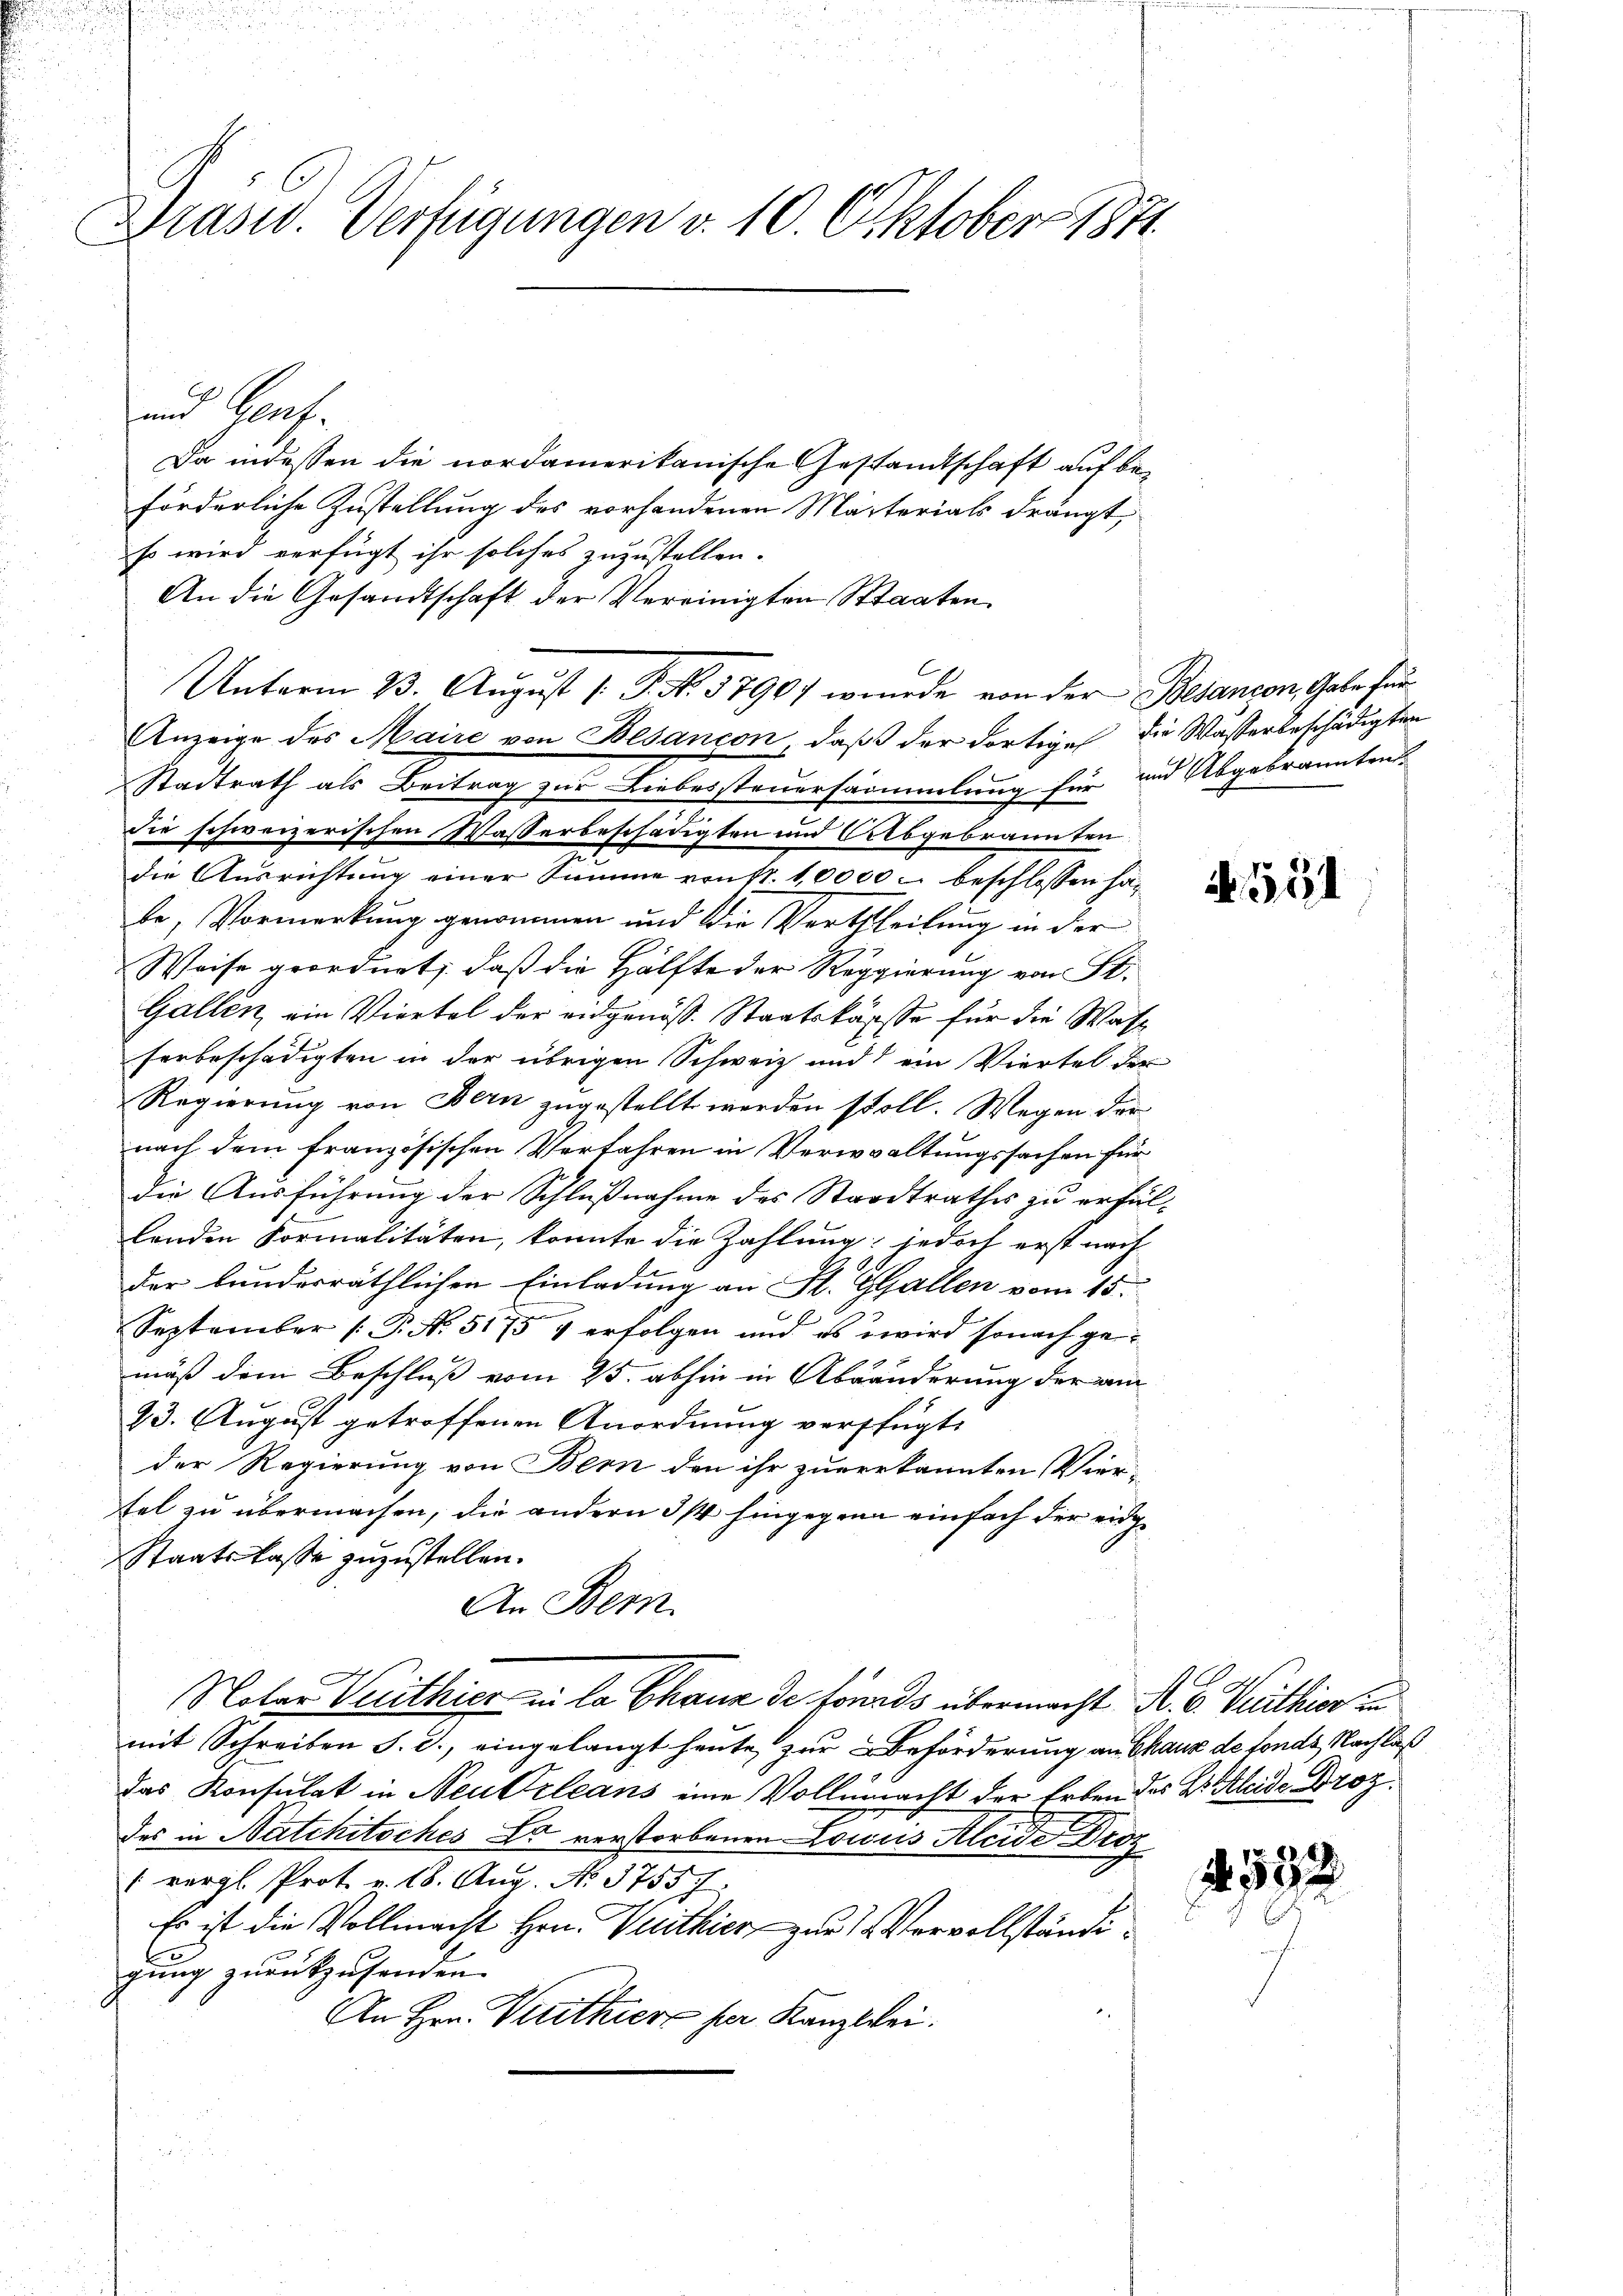
Präsid. Verfügungen v. 10. Oktober 1871

und Genf
Da indessen die nordamerikanische Gestandschaft auf beförderliche Zustellung des vorhandenen Märterials drängt,
Es wird verfügt ihr solches zuzustellen.
An die Gesandtschaft der Vereinigten Staaten
Unterm 23. August 1. P. Nr. 1790 wurde von der Besanzon, Gabe für
Anzeige des Maire von Besançon, daß der dortige die Wasserbeschädigten
Stadtrath als Beitrag zur Liebersteuersammlung für und Abgebrannten
die schweizerischen Wasserbeschädigten und Abgebrannten
die Ausrichtung einer Summe von 11. 10000 – beschlossen hat
te, Vormerkung genommen und die Vertheilung in der
Weise geordnet; daß die Hälfte der Reggierung von St.
Gallen, ein Viertel der eidgenöss. Staatskasse für die Wase
herbeschädigten in der übrigen Schweiz und ein Viertel der
Regierung von Bern zugestellt werden soll. Wegen der
nach dem französischen Verfahren in Verwaltungssachen für
die Ausführung der Schlußnahme des Stadtrathes zu erfüllenden Formalitäten, konnte die Zahlung: jedoch erst nach
der bundesräthlichen Einladung an Fl. Gallen vom 15.
September [P. N. 5175 & erfolgen und es wird sonach ge-
mäß dem Beschluß vom 25. abhin in Abänderung der am
43. August getroffenen Anordnung verfügt.
der Regierung von Bern den ihr zuverkannten Vier-
fel zu übermachen, die andern 3/4 hingegene einfach der eidge
Staatskasse zuzustellen.
An Bern
Notar Verthier in la Chaux de fonds übermacht R. V. Petithior un
mit Schreiben S. 3., eingelangt heute zur Beförderung an Chaux de fonds, Nachlaß
das Konsulat in Neutrleans eine Vollmacht der Erben des B. Kleide Droz.
des in Natchitsches Er verstorbenen Locus Kleide Droz
1 vergl. Prot. v. 18. Aug. No. 37557
Es ist die Vollmacht Hrn. Vuithier zur Vervollständigung zurückzusenden
An Hrn. Verthier per Kanzlei.

A. 551

4. 532